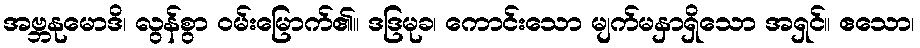
အဗ္ဘနုမောဒိ၊ လွန်စွာ ဝမ်းမြောက်၏။ ဒဒြမုခ၊ ကောင်းသော မျက်မနှာရှိသော အရှင်။ ဧသော၊